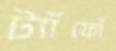
ট্যাঁফোঁ